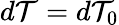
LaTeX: d\mathcal{T}=d\mathcal{T}_{0}